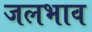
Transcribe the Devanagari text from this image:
जलभाव